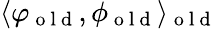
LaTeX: \langle\varphi_{\mathrm{~o~l~d~}},\phi_{\mathrm{~o~l~d~}}\rangle_{\mathrm{~o~l~d~}}